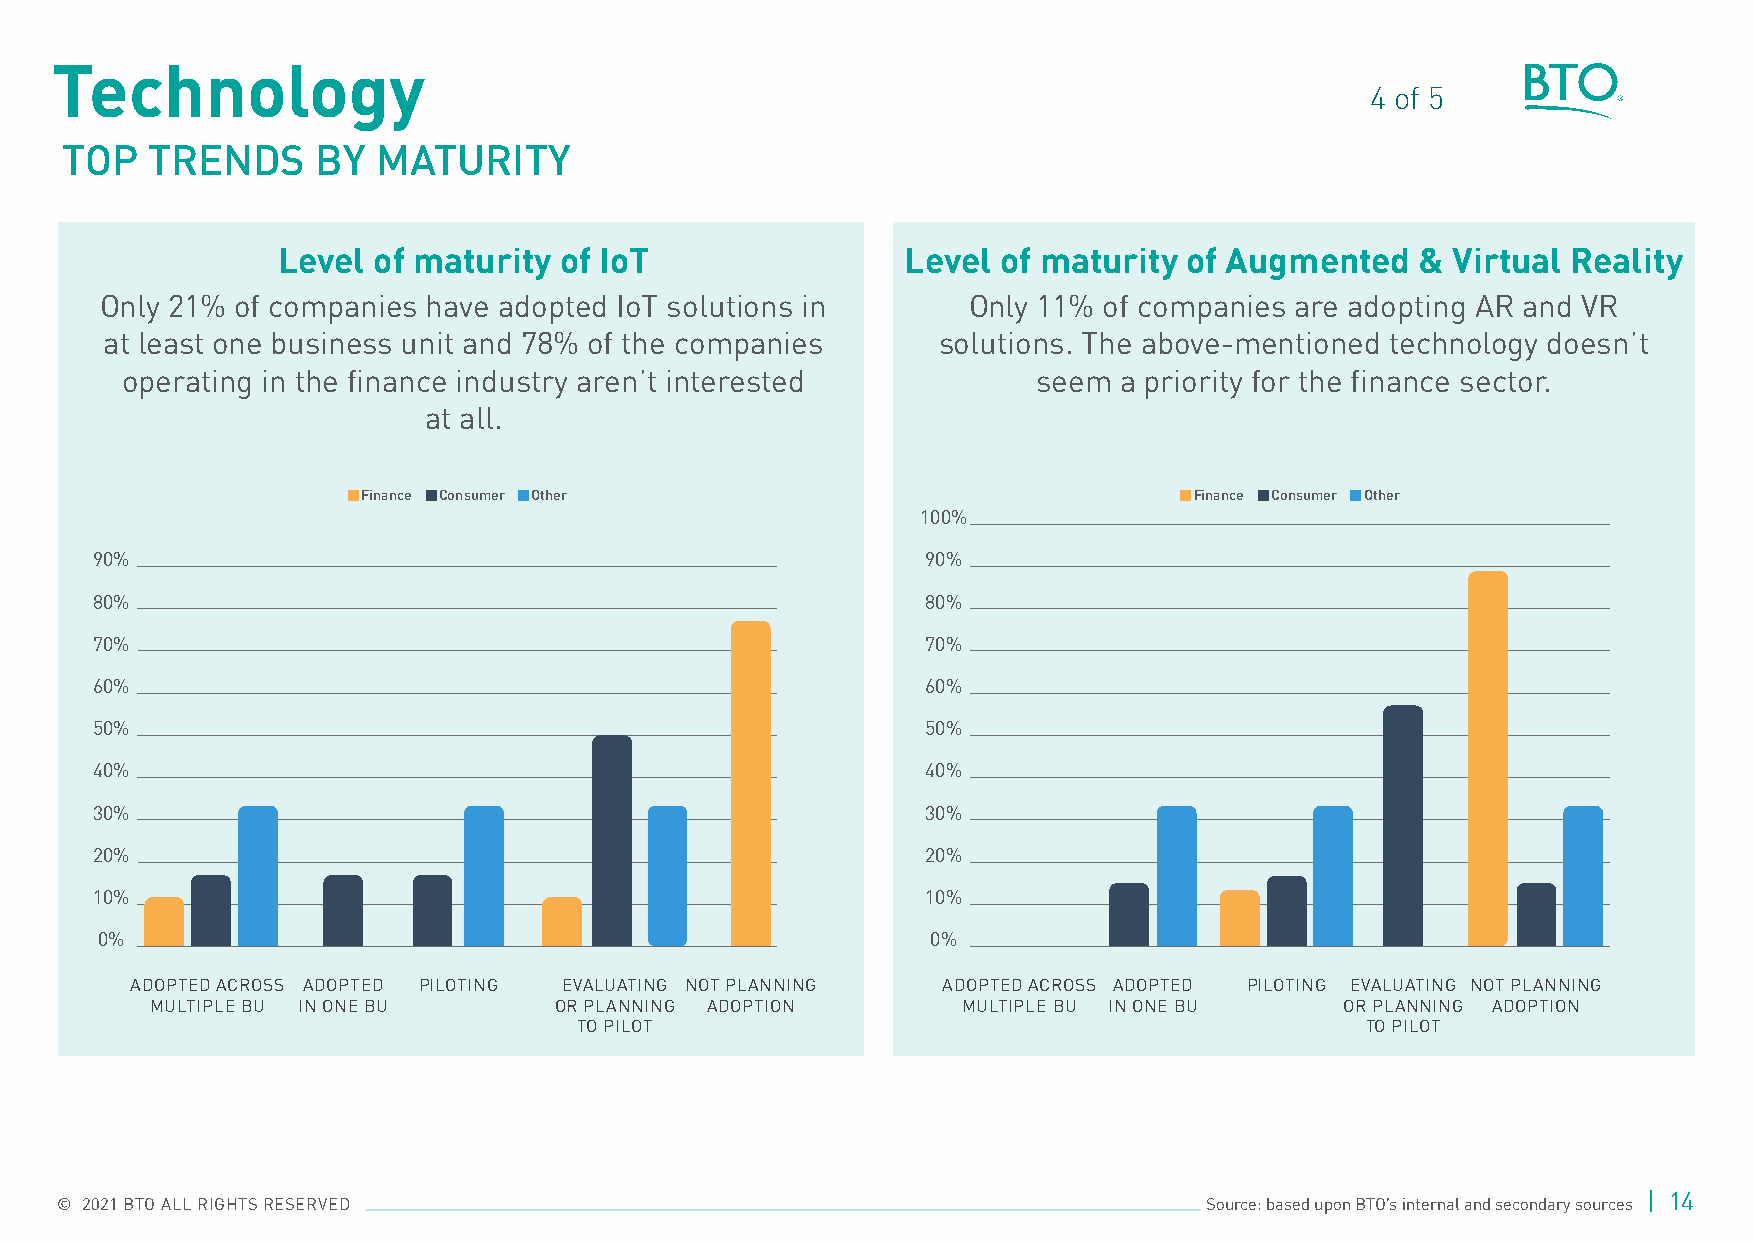
Technology
 4 of 5
 TOP   TRENDS     BY  MATURITY
 Level  of maturity of IoT                 Level of maturity  of Augmented   & Virtual Reality
 Only 21% of companies have adopted IoT solutions in      Only 11% of companies are adopting AR and VR
 at least one business unit and 78% of the companies    solutions. The above-mentioned technology doesn’t
 operating in the finance industry aren’t interested          seem a priority for the finance sector.
 at all .
 Finance Consumer Other                                 Finance Consumer Other
 100%
 90%                                                    90%
 80%                                                    80%
 70%                                                    70%
 60%                                                    60%
 50%                                                    50%
 40%                                                    40%
 30%                                                    30%
 20%                                                    20%
 10%                                                    10%
 0%                                                      0%
 ADOPTED ACROSS ADOPTED PILOTING EVALUATING NOT PLANNING ADOPTED ACROSS ADOPTED PILOTING EVALUATING NOT PLANNING
 MULTIPLE BU IN ONE BU      OR PLANNING ADOPTION       MULTIPLE BU IN ONE BU    OR PLANNING ADOPTION
 TO PILOT                                            TO PILOT
 | 14
 © 2021 BTO ALL RIGHTS RESERVED                                              Source: based upon BTO’s internal and secondary sources